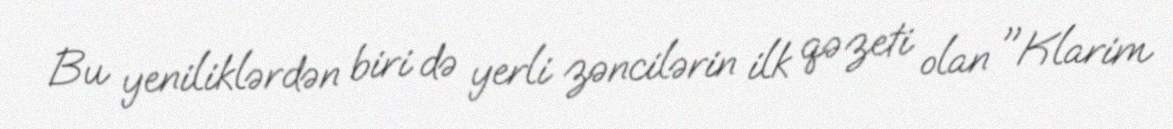
Bu yeniliklərdən biri də yerli zəncilərin ilk qəzeti olan "Klarim